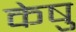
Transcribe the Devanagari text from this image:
केषु